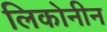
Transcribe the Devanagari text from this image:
लिकोनीन